38_143685_box7_Incident_Summaries_1-100
Agency: Department of War
Page 37
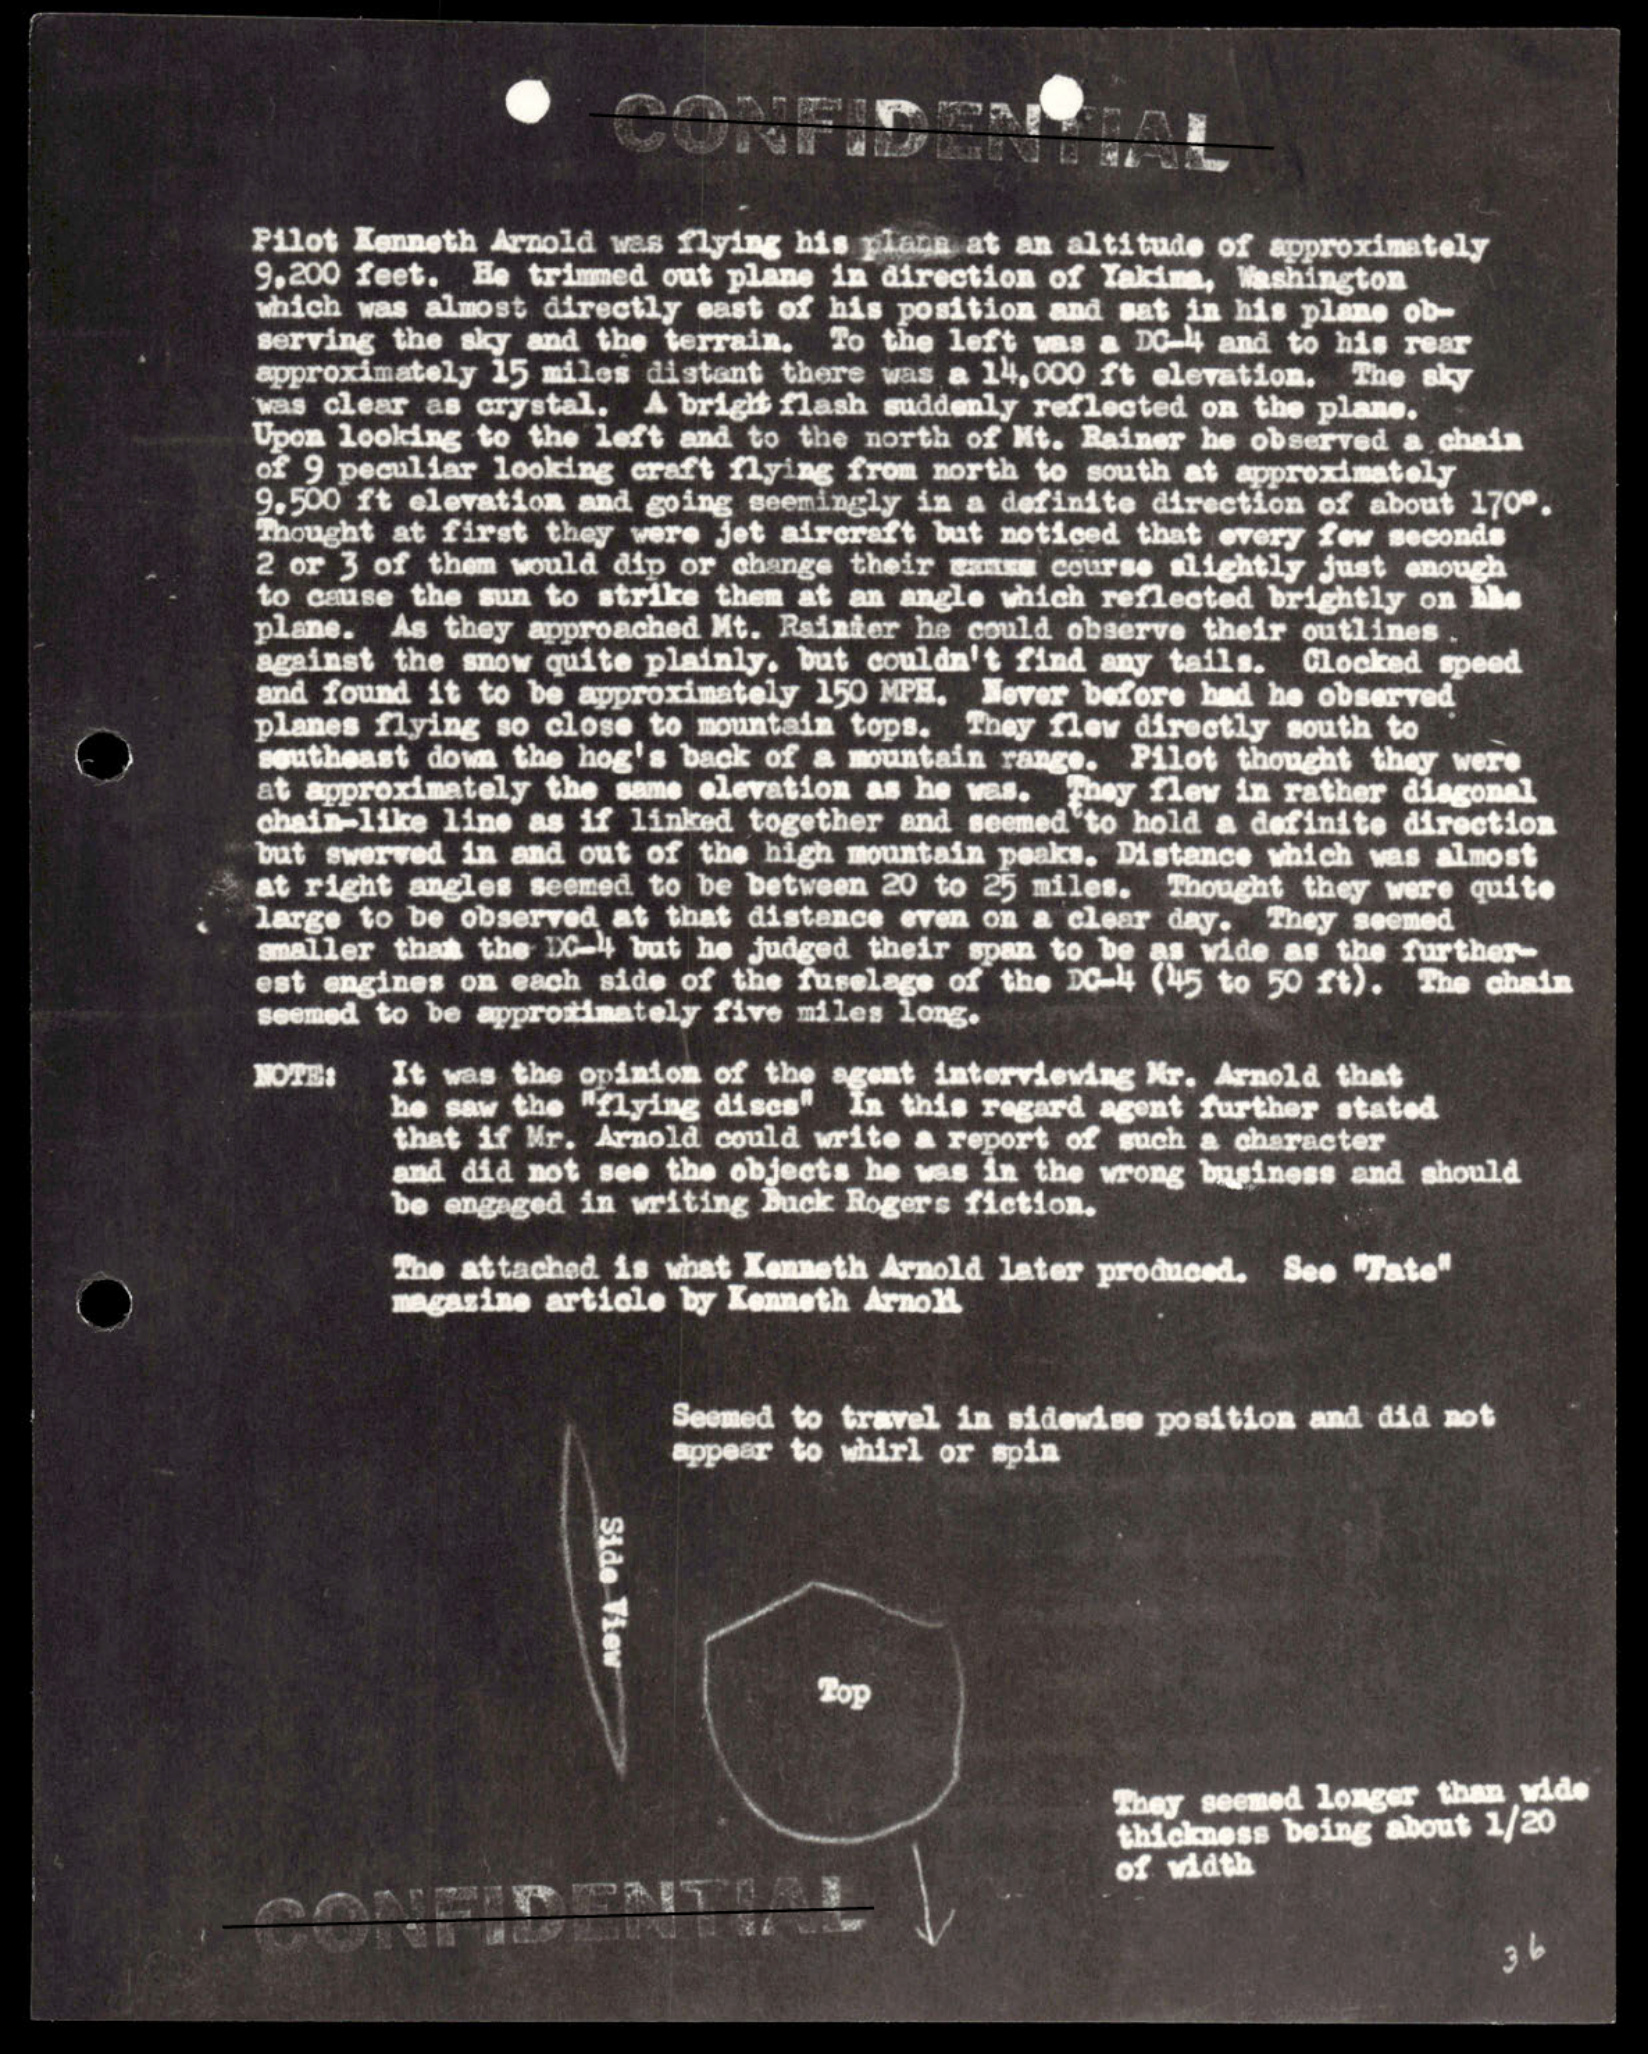